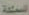
السمنة